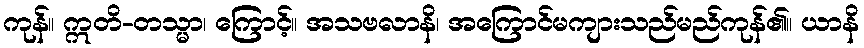
ကုန်။ ဣတိ-တသ္မာ၊ ကြောင့်။ အသဗလာနိ၊ အကြောင်မကျားသည်မည်ကုန်၏။ ယာနိ